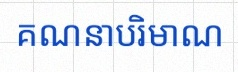
គណនាបរិមាណ